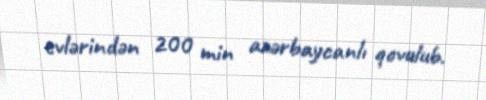
evlərindən 200 min azərbaycanlı qovulub.